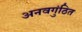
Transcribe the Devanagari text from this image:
अनवगुंठित